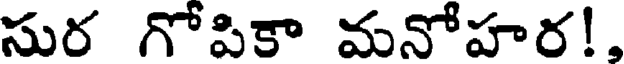
సుర గోపికా మనోహర!,